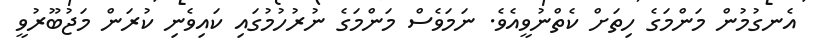
އެނގުމުން މަންމަގެ ހިތަށް ކެތްނުވީއެވެ. ނަމަވެސް މަންމަގެ ނުރުހުމުގައި ކައިވެނި ކުރަން މަޖުބޫރުވީ